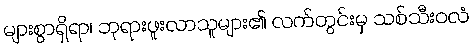
များစွာရှိရာ၊ ဘုရားဖူးလာသူများ၏ လက်တွင်းမှ သစ်သီးဝလံ